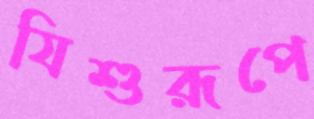
যিশুরূপে